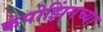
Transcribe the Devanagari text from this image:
कंपोझिंगच्या